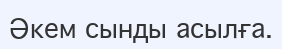
Әкем сынды асылға.